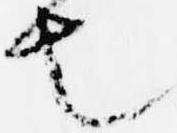
也